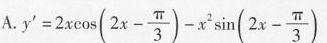
A.$$y ' = 2 x \cos ( 2 x - \frac { π } { 3 } ) - x ^ { 2 } \sin ( 2 x - \frac { π } { 3 } )$$